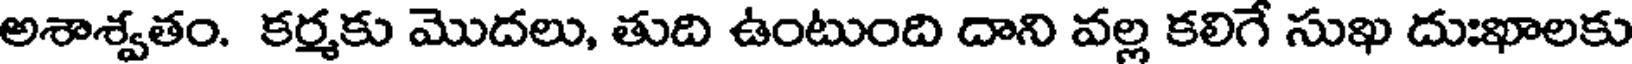
అశాశ్వతం. కర్మకు మొదలు, తుది ఉంటుంది దాని వల్ల కలిగే సుఖ దుఃఖాలకు